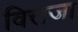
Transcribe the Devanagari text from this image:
वित्तजा